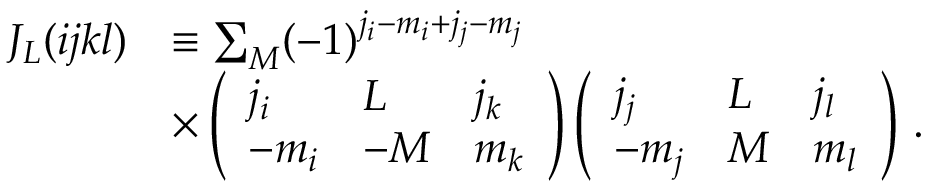
\begin{array} { r l } { J _ { L } ( i j k l ) } & { \equiv \sum _ { M } ( - 1 ) ^ { j _ { i } - m _ { i } + j _ { j } - m _ { j } } } \\ & { \times \left( \begin{array} { l l l } { j _ { i } } & { L } & { j _ { k } } \\ { - m _ { i } } & { - M } & { m _ { k } } \end{array} \right) \left( \begin{array} { l l l } { j _ { j } } & { L } & { j _ { l } } \\ { - m _ { j } } & { M } & { m _ { l } } \end{array} \right) \, . } \end{array}